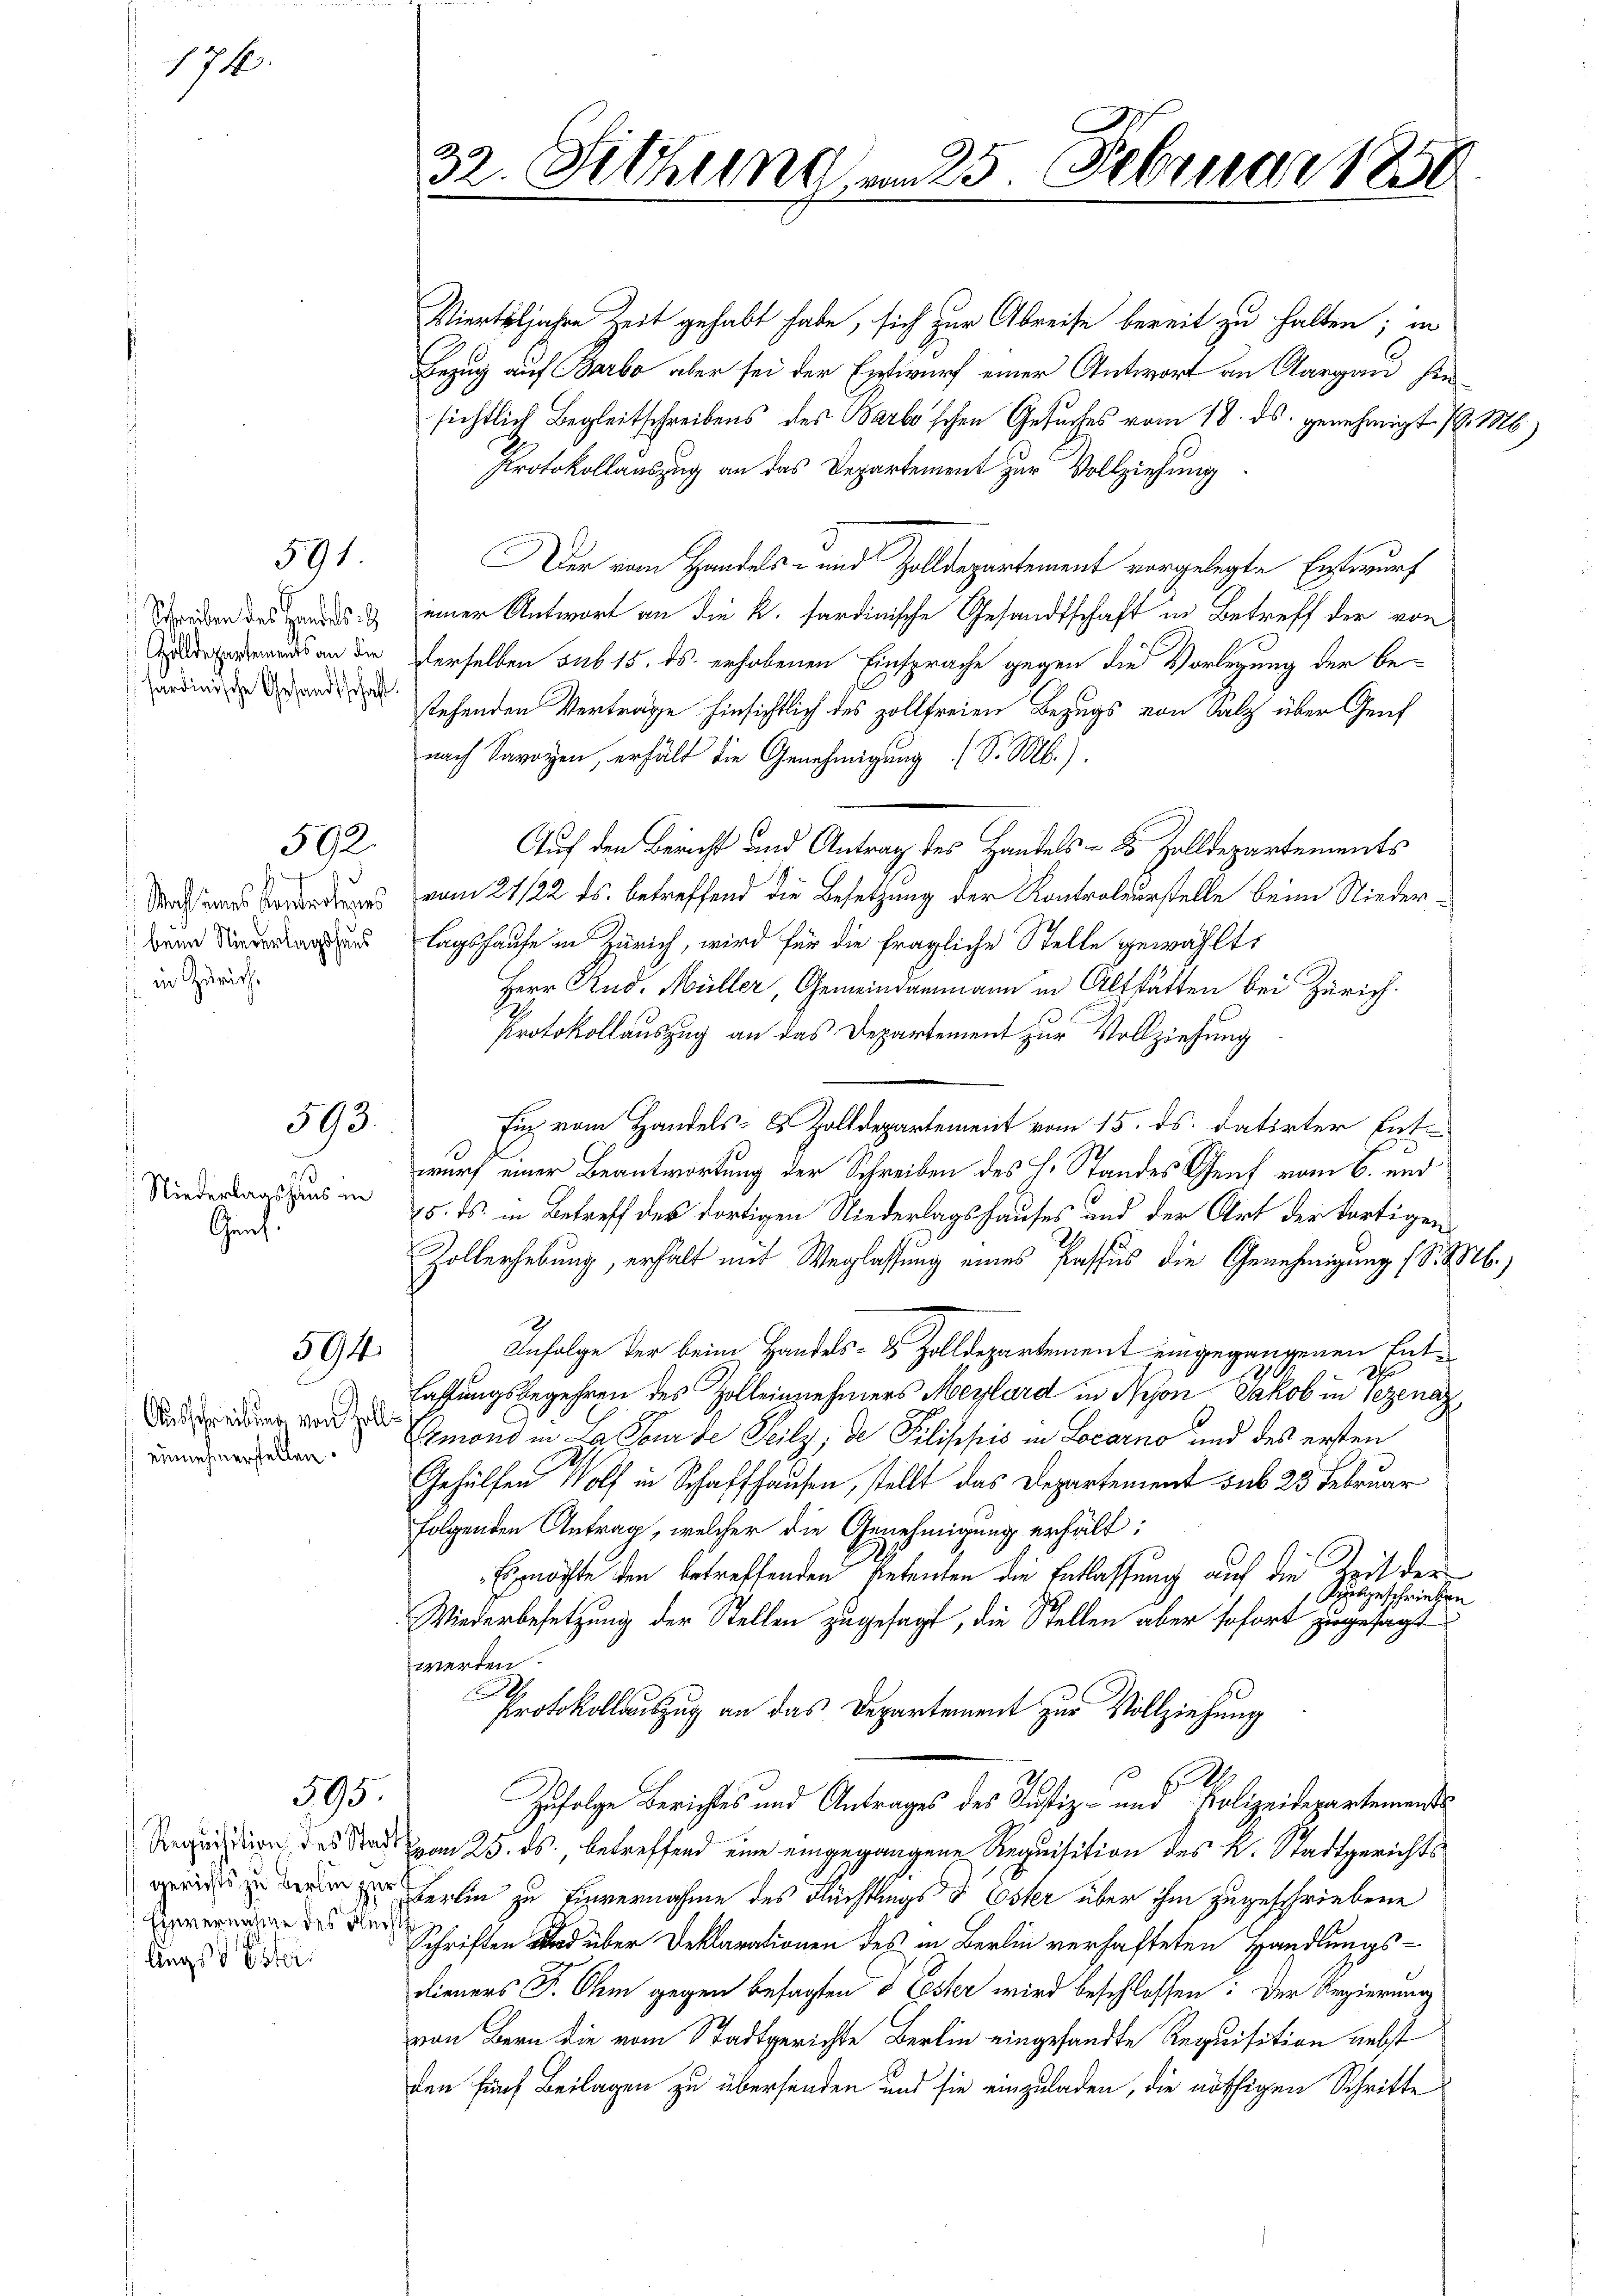
174.

Graf.

591

Schreiben des Handels
Zolldepartements an die
sardinische Gesandtschaft.

592.

beim Niederlagshaus
in Zürich.

Niederlagshaus in

593.

594.

Ausschreibung von Zolleinnehmerstellen.

Angst Ester.

595.

Vierteljahre Zeit gehabt habe, sich zur Abreise bereit zu halten; in
Bezug auf Barbo aber sei der Entwurf einer Antwort an Aargau sie
sichtlich Begleitschreibens des Barbo'schen Gesuches vom 18. ds. genehmigt. (l. M.)
Protokollauszug an das Departement zur Vollziehung
er vom Handels- und Zolldepartement vorgelegte Entwurf
einer Antwort an die k. sardinische Gesandtschaft in Betreff der von
derselben sub 15. ds. erhobenen Einsprache gegen die Vorlegung der bestehenden Verträge hinsichtlich des zollfreien Bezugs von Salz über Genf
nach Savoyen, erhält die Genehmigung (S. M.)
Auch den Bericht und Antrag des Handels- & Zolldepartements
 vom 21/22. ds. betreffend die Besetzung der Kontroleurstelle beim Niederlagshause in Zürich, wird für die fragliche Stelle gewählt:
Herr Rud. Müller, Gemeindammann in Altstätten bei Zürich.
Protokollauszug an das Departement zur Vollziehung
Fug vom Handels- & Zolldepartement vom 15. ds. datirter Entwurf einer Beantwortung der Schreiben des H. Standes Genf vom 6. und
15. ds. in Betreff des dortigen Niederlagshauses und der Art der dortigen
Zollerhebung, erhält mit Weglassung eines Passus die Genehmigung (S. 3 b.)
Infolge der beim Handels- & Zolldepartement eingegangenen Entlassungsbegehren des Zolleinnehmers Meylard in Nyon Jakob in Gezenaz,
Emond in La, Tour de Seilz, de Pilippis in Locarno und des ersten
Gehülfen Wolf in Schaffhausen, stellt das Departement sub 25 Februar
folgenden Antrag, welcher die Genehmigung erhält:
Eimachte den betreffenden Petenten die Entlassung auf die Zeit der
Ausgeschrieben
Wiederbesetzung der Stellen zugesagt, die Stellen aber sofort zugesagt
werden.

Protokolauszug an das Departement zur Vollziehung
E
Zufolge Berichtes und Antrages des Justiz- und Polizeidepartements
Aequisition des Stats vom 25. ds., betreffend eine eingegangene Requisition des K. Stadtgerichts
   Herlin zu Einvernahme des Flüchtings d Ester über ihm zugeschriebene
edes der Schriften und über Deklarationen des in Berlin verhafteten Handlungs-
dieners F. Ohm gegen besagten 3 Ester wird beschlossen: Der Regierung
von Bern die vom Stadtgerichte Berlin eingesandte Requisition nebst
den fünf Beilagen zu übersenden und sie einzuladen, die nöthigen Schritte

32. Sitzung am 25. Februar 1850